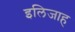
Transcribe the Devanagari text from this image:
इलिजाह